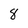
Character: 8